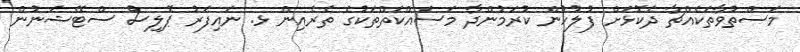
މަސްތުވާތަކެއްޗާ ދެކޮޅަށް ފުލުހުން ކުރަމުންދާ މަސައްކަތްތަކުގެ ތެރެއިން ޅ. ނައިފަރު ޕޮލިސް ސްޓޭޝަނުން